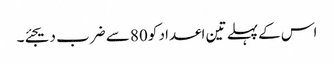
اس کے پہلے تین اعداد کو 80 سے ضرب دیجئے۔